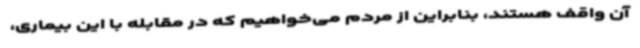
آن واقف هستند، بنابراین از مردم می‌خواهیم که در مقابله با این بیماری،